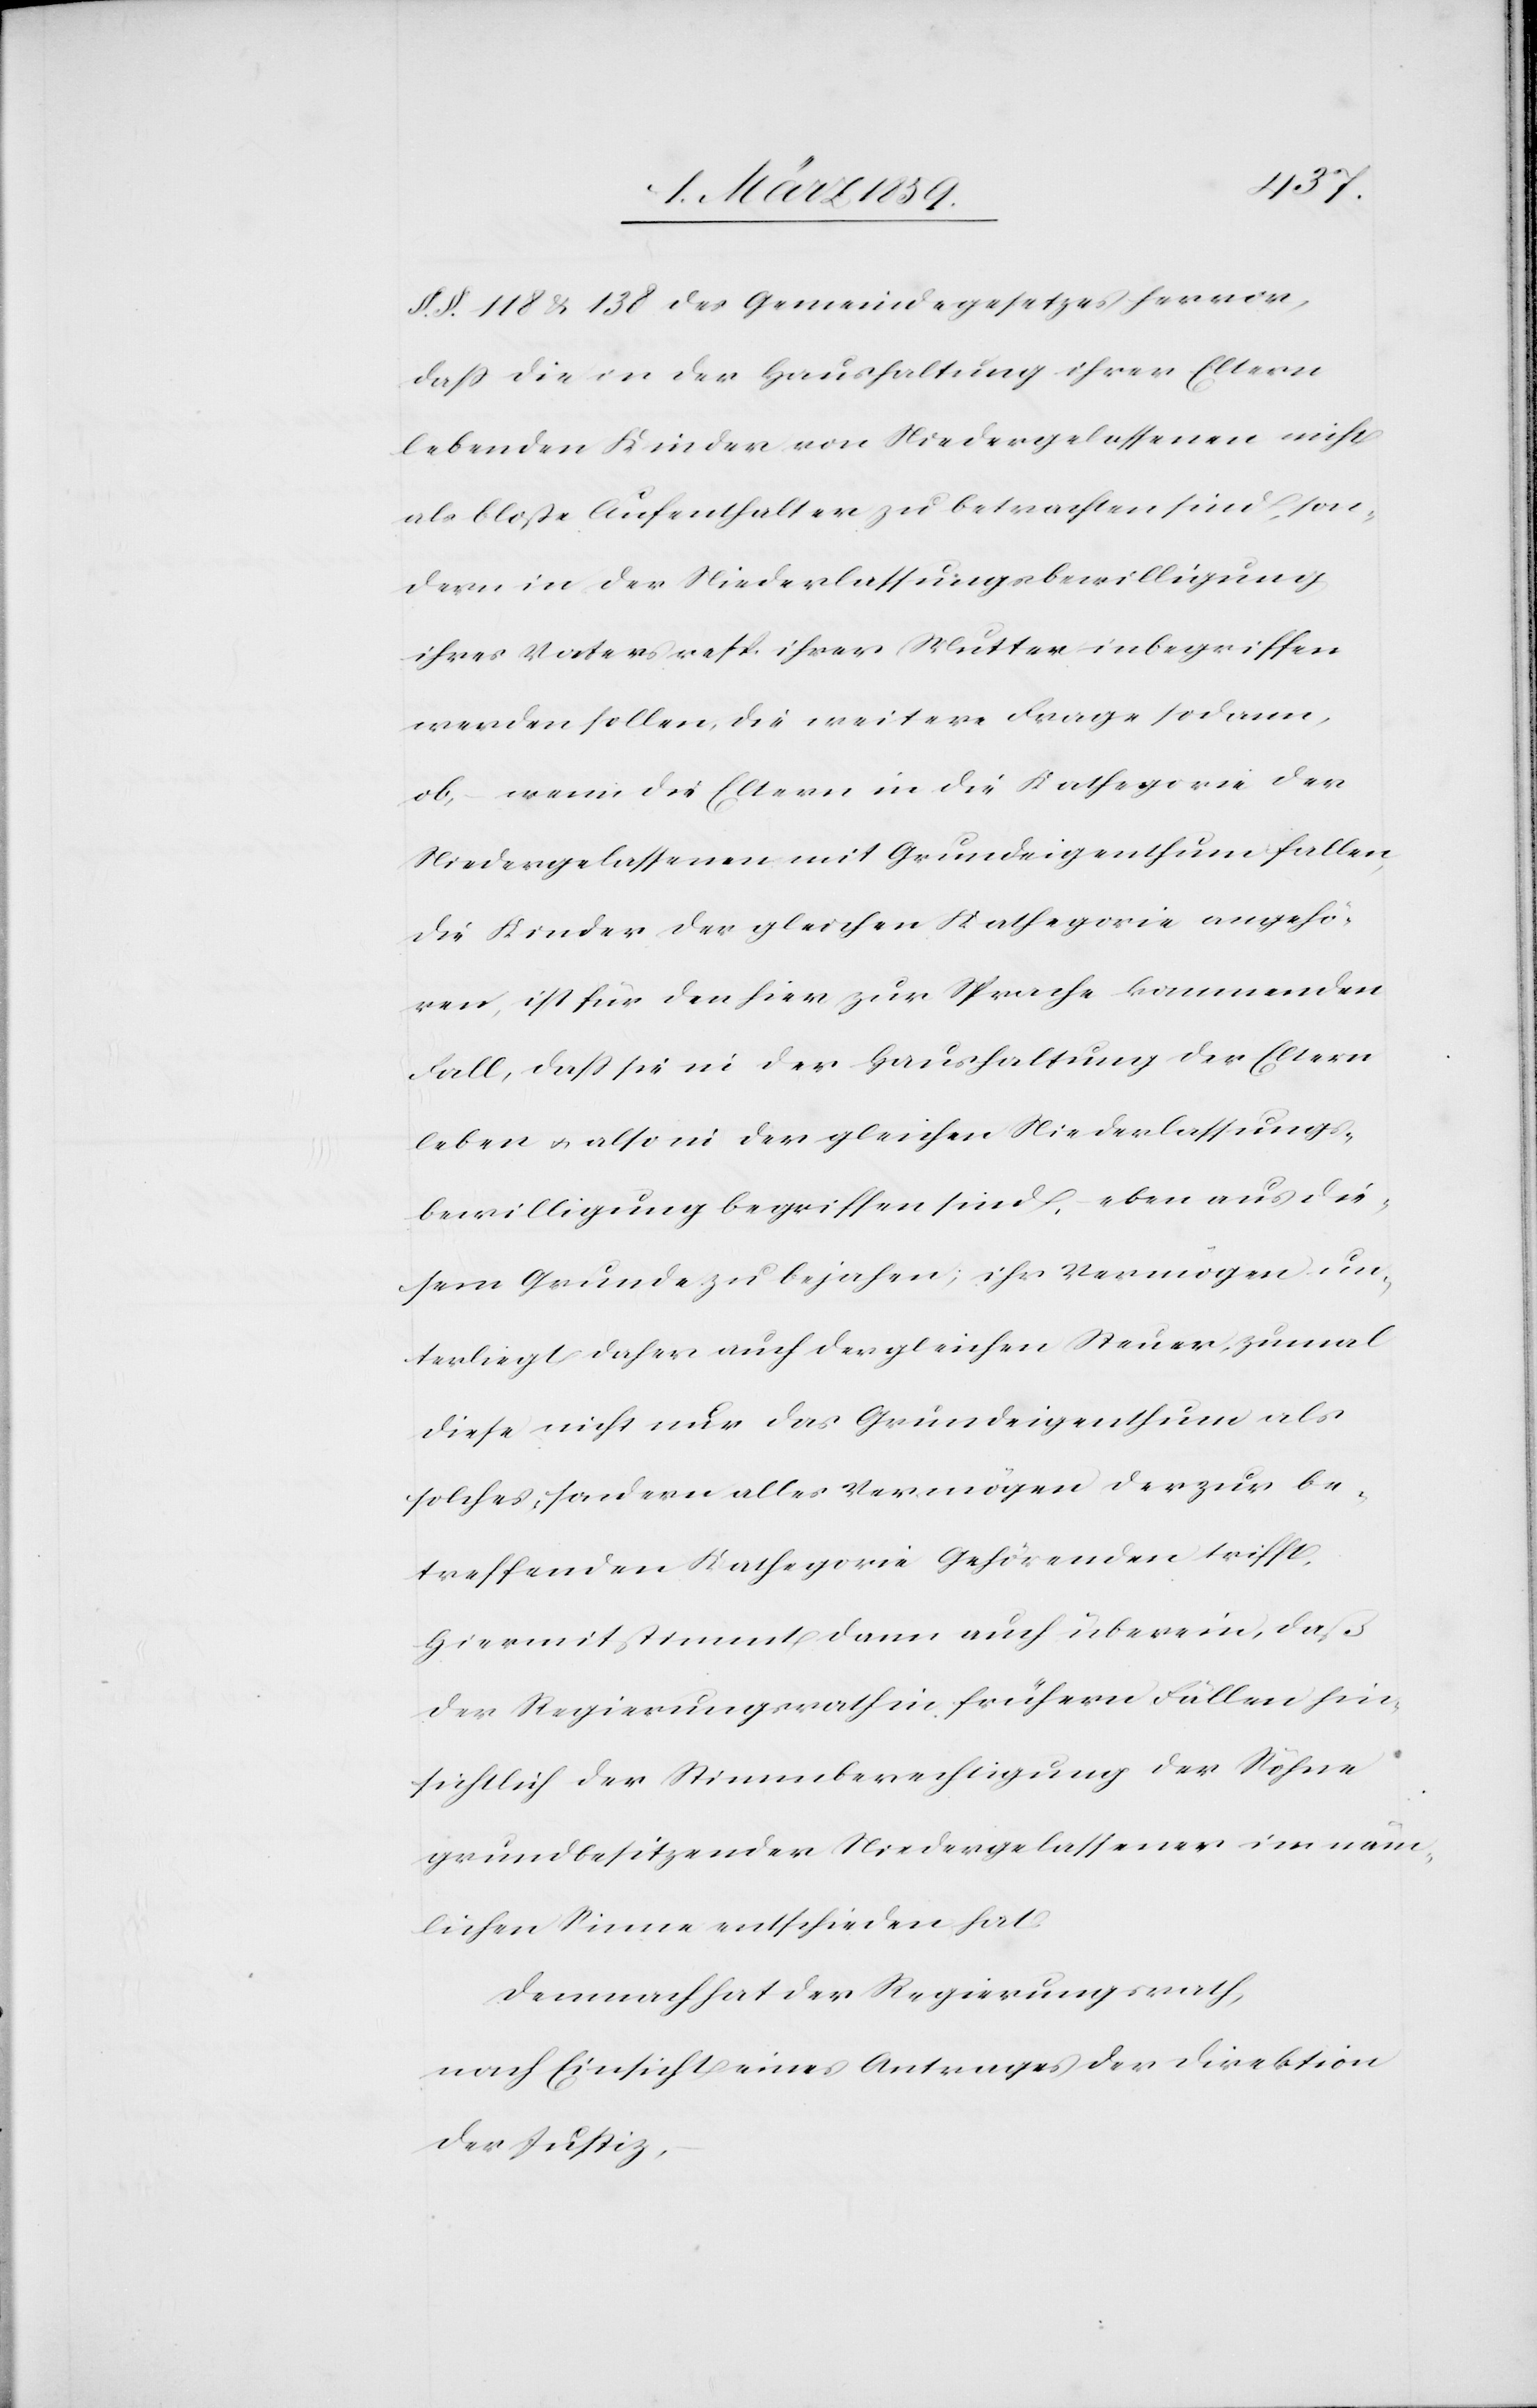
§. §. 118 &138 des Gemeindegesetzes hervor,
daß die in der Haushaltung ihrer Eltern
lebenden Kinder von Niedergelassenen nicht
als bloße Aufenthalter zu betrachten sind, son¬
dern in der Niederlassungsbewilligung
ihres Vaters resp. ihrer Mutter inbegriffen
werden sollen, die weitere Frage sodann,
ob, wenn die Eltern in die Kathegorie der
Niedergelassenen mit Grundeigenthum fallen,
die Kinder der gleichen Kathegorie angehö¬
ren, ist für den hier zur Sprache kommenden
Fall, daß sie in der Haushaltung der Eltern
leben u. also in der gleichen Niederlassungs¬
bewilligung begriffen sind, eben aus die¬
sem Grunde zu bejahen; ihr Vermögen un¬
terliegt daher auch der gleichen Steuer, zumal
diese nicht nur das Grundeigenthum als
solches, sondern alles Vermögen der zur be¬
treffenden Kathegorie Gehörenden trifft,
hiermit stimmt dann auch überein, daß
der Regierungsrath in frühern Fällen hin¬
sichtlich der Stimmberechtigung der Söhne
grundbesitzender Niedergelassener im näm¬
lichen Sinne entschieden hat.
Demnach hat der Regierungsrath,
nach Einsicht eines Antrages der Direktion
der Justiz,